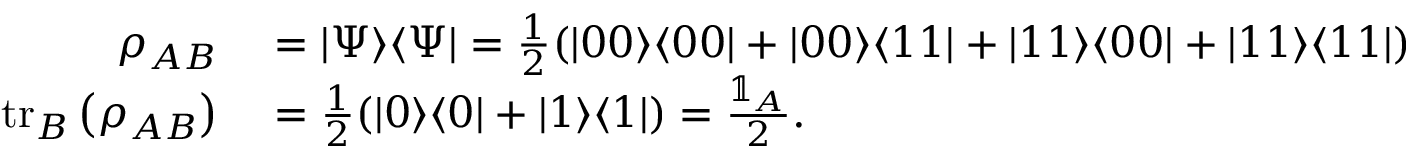
\begin{array} { r l } { \rho _ { A B } } & { { } = | \Psi \rangle \langle \Psi | = \frac { 1 } { 2 } ( | 0 0 \rangle \langle 0 0 | + | 0 0 \rangle \langle 1 1 | + | 1 1 \rangle \langle 0 0 | + | 1 1 \rangle \langle 1 1 | ) } \\ { \operatorname { t r } _ { B } \left( \rho _ { A B } \right) } & { { } = \frac { 1 } { 2 } ( | 0 \rangle \langle 0 | + | 1 \rangle \langle 1 | ) = \frac { \mathbb { 1 } _ { A } } { 2 } . } \end{array}